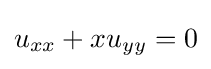
u_{xx}+xu_{yy}=0